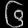
Digit: ၆